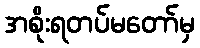
အစိုးရတပ်မတော်မှ